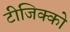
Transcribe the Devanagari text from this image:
टीजिक्को